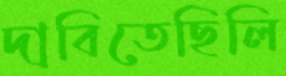
দাবিতেছিলি